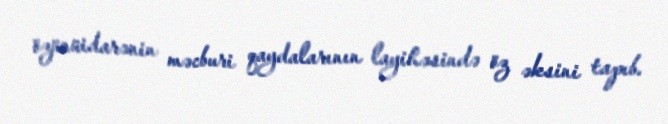
özünüidarənin məcburi qaydalarının layihəsində öz əksini tapıb.